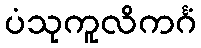
ပံသုကူလိကင်္ဂံ